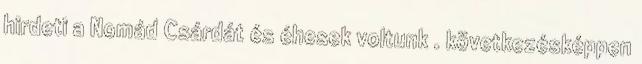
hirdeti a Nomád Csárdát és éhesek voltunk . következésképpen